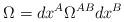
LaTeX: \begin{align*}\Omega =dx^A \Omega^{AB}dx^B \end{align*}